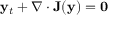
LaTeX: \mathbf { y } _ { t } + \nabla \cdot \mathbf { J } ( \mathbf { y } ) = \mathbf { 0 }